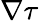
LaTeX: \nabla\tau